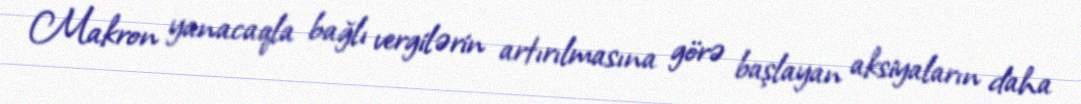
Makron yanacaqla bağlı vergilərin artırılmasına görə başlayan aksiyaların daha